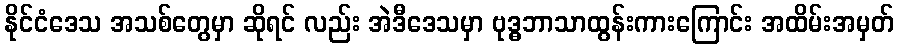
နိုင်ငံဒေသ အသစ်တွေမှာ ဆိုရင် လည်း အဲဒီဒေသမှာ ဗုဒ္ဓဘာသာထွန်းကားကြောင်း အထိမ်းအမှတ်